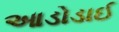
આડોડાઈ